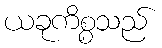
ယခုကိစ္စသည်